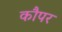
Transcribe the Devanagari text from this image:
कौपर